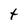
Character: t